Development of the parasite of Indian kala azar - Number 53
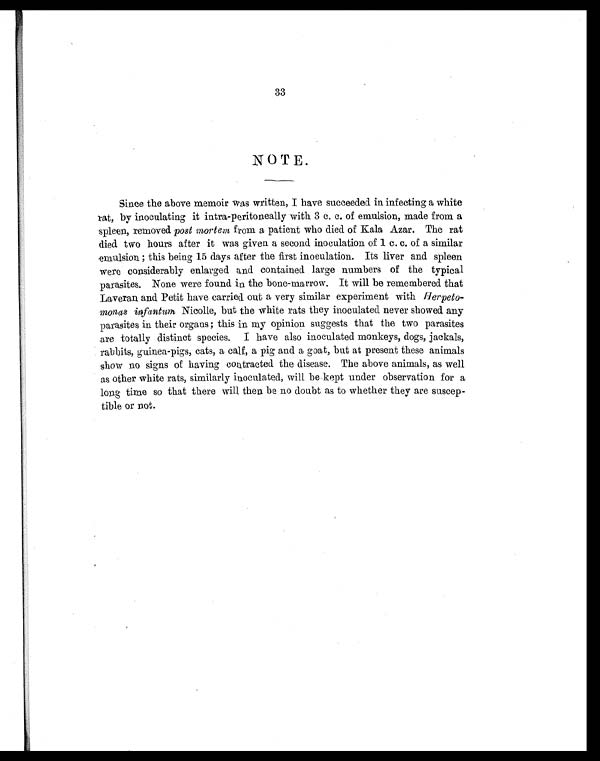
33
NOTE.
Since the above memoir was written, I have succeeded in infecting a white
rat, by inoculating it intra-peritoneally with 3 c. c. of emulsion, made from a
spleen, removed. post mortem from a patient who died of Kala Azar. The rat
died two hours after it was given a second inoculation of 1 c. c. of a similar
emulsion ; this being 15 days after the first inoculation. Its liver and spleen
were considerably enlarged and contained large numbers of the typical
parasites. None were found in the bone-marrow. It will be remembered. that
Laveran and Petit have carried out a very similar experiment with Herpeto-
monas Wanturn Nicolle, but the white rats they inoculated never showed any
parasites in their organs ; this in my opinion suggests that the two parasites
are totally distinct species. I have also inoculated monkeys, dogs, jackals,
rabbits, guinea-pigs, cats, a calf, a pig and a goat, but at present these animals
show no signs of having contracted the disease. The above animals, as well
as other white rats, similarly inoculated, will be kept under observation for a
long time so that there will then be no doubt as to whether they are suscep-
tible or not.